Code of medical and sanitary regulations for the guidance of medical officers serving in the Madras Presidency - Volume II
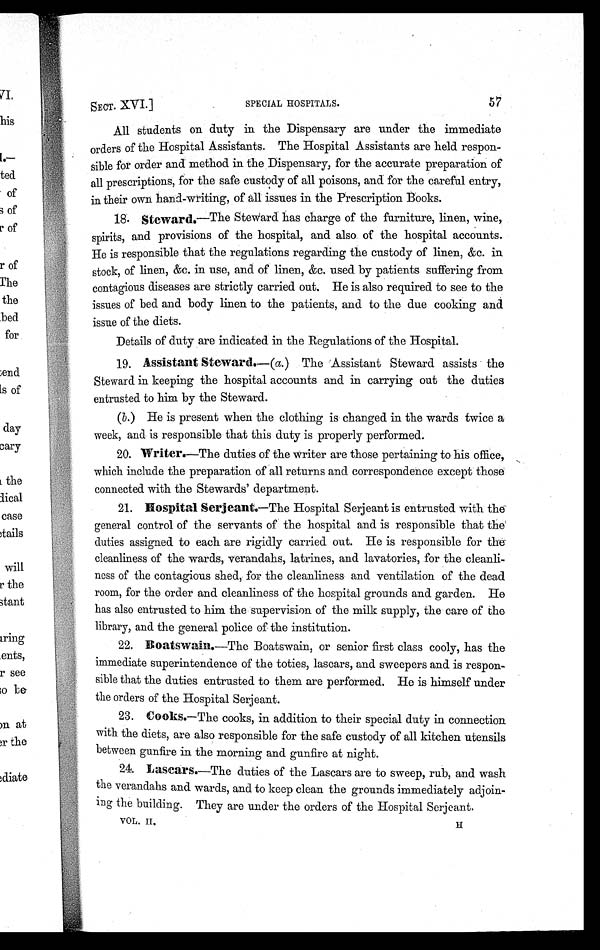
SECT. XVI.]
SPECIAL HOSPITALS.
57
All students on duty in the Dispensary are under the immediate
orders of the Hospital Assistants. The Hospital Assistants are held respon
- s i b l e f o r o r d e r a n d m e t h o d i n t h e D i s p e n s a r y , f o r t h e a c c u r a t e p r e p a r a t i o n o f
all prescriptions, for the safe custody of all poisons, and for the careful entry,
in their own hand-writing, of all issues in the Prescription Books.
18. Steward .—The Steward has charge of the furniture, linen, wine,
spirits, and provisions of the hospital, and also of the hospital accounts.
He is responsible that the regulations regarding the custody of linen, &c. in
stock, of linen, &c. in use, and of linen, &c. used by patients suffering from
contagious diseases are strictly carried out. He is also required to see to the
issues of bed and body linen to the patients, and to the due cooking and
issue of the diets.
Details of duty are indicated in the Regulations of the Hospital.
19. Assistant Steward.—(a.) The Assistant Steward assists the
Steward in keeping the hospital accounts and in carrying out the duties
entrusted to him by the Steward.
(b.) He is present when the clothing is changed in the wards twice a
week, and is responsible that this duty is properly performed.
20. Writer.—The duties of the Writer are those pertaining to his office,
which include the preparation of all returns and correspondence except those
connected with the Stewards' department.
21. Hospital Serjeant.—The Hospital Serjeant is entrusted with th
e general control of the servants of the hospital and is responsible that the
duties assigned to each are rigidly carried out. He is responsible for the
cleanli-ness of the wards, verandahs, latrines, and lavatories, for the cleanli
-ness of the contagious shed, for the cleanliness and ventilation of the dead
room, for the order and cleanliness of the hospital grounds and garden. H
e has al so entrusted to hi m the supervi si on of the mi l k suppl y, the care of the
library, and the general police of the institution.
22. B atswain .—The Boatswain, or senior first class cooly, has the
immediate superintendence of the toties, lascars, and sweepers and is respon
-sible that the duties entrusted to them are performed. He is himself under
the orders of the Hospi tal Serj eant.
23. Cooks.—The cooks, in addition to their special duty in connection
with the diets, are also responsible for the safe custody of all kitchen utensils
between gunfire in the morning and gunfire at night.
24. Lasears.— The duties of the Lascars are to sweep, rub, and wash
the verandahs and wards, and to keep clean the grounds immediately oin-
ing the building. They are under the orders of the Hospital Serjeant.
VOL. II. H